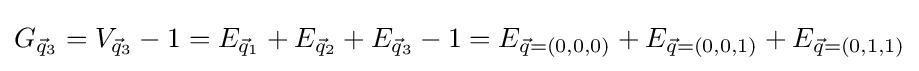
G_{{\vec {q}}_{3}}=V_{{\vec {q}}_{3}}-1=E_{{\vec {q}}_{1}}+E_{{\vec {q}}_{2}}+E_{{\vec {q}}_{3}}-1=E_{{\vec {q}}=(0,0,0)}+E_{{\vec {q}}=(0,0,1)}+E_{{\vec {q}}=(0,1,1)}